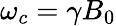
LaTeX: \omega_{c}=\gamma B_{0}